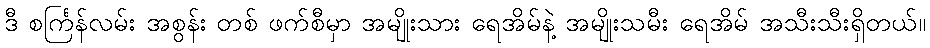
ဒီ စင်္ကြန်လမ်း အစွန်း တစ် ဖက်စီမှာ အမျိုးသား ရေအိမ်နဲ့ အမျိုးသမီး ရေအိမ် အသီးသီးရှိတယ်။